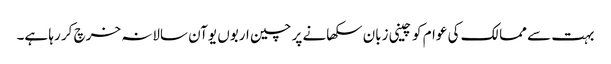
بہت سے ممالک کی عوام کو چینی زبان سکھانے پر چین اربوں یوآن سالانہ خرچ کر رہا ہے۔